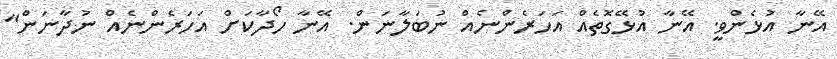
އޭނާ އުޅެންވީ. އޭނާ އުޅޭގޮތެއް އަހަރެންނެއް ނުބަލާނަން. އޭނާ ހޯދާކަށް އަހަރެންނެއް ނުދާނަން"